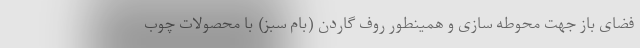
فضای باز جهت محوطه سازی و همینطور روف گاردن (بام سبز) با محصولات چوب